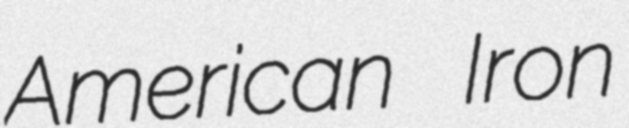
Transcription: American Iron